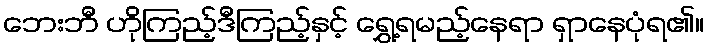
ဘေးဘီ ဟိုကြည့်ဒီကြည့်နှင့် ရွှေ့ရမည့်နေရာ ရှာနေပုံရ၏။